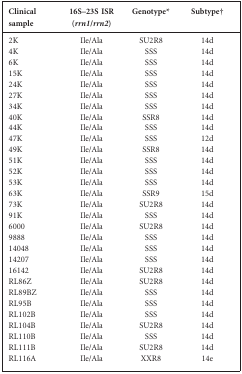
<table><thead><tr><td><b>Clinical sample</b></td><td><b>16S–23S ISR (<i>rrn1</i>/<i>rrn2</i>)</b></td><td><b>Genotype*</b></td><td><b>Subtype†</b></td></tr></thead><tbody><tr><td>2K</td><td>Ile/Ala</td><td>SU2R8</td><td>14d</td></tr><tr><td>4K</td><td>Ile/Ala</td><td>SSS</td><td>14d</td></tr><tr><td>6K</td><td>Ile/Ala</td><td>SSS</td><td>14d</td></tr><tr><td>15K</td><td>Ile/Ala</td><td>SSS</td><td>14d</td></tr><tr><td>24K</td><td>Ile/Ala</td><td>SSS</td><td>14d</td></tr><tr><td>27K</td><td>Ile/Ala</td><td>SSS</td><td>14d</td></tr><tr><td>34K</td><td>Ile/Ala</td><td>SSS</td><td>14d</td></tr><tr><td>40K</td><td>Ile/Ala</td><td>SSR8</td><td>14d</td></tr><tr><td>44K</td><td>Ile/Ala</td><td>SSS</td><td>14d</td></tr><tr><td>47K</td><td>Ile/Ala</td><td>SSS</td><td>12d</td></tr><tr><td>49K</td><td>Ile/Ala</td><td>SSR8</td><td>14d</td></tr><tr><td>51K</td><td>Ile/Ala</td><td>SSS</td><td>14d</td></tr><tr><td>52K</td><td>Ile/Ala</td><td>SSS</td><td>14d</td></tr><tr><td>53K</td><td>Ile/Ala</td><td>SSS</td><td>14d</td></tr><tr><td>63K</td><td>Ile/Ala</td><td>SSR9</td><td>15d</td></tr><tr><td>73K</td><td>Ile/Ala</td><td>SU2R8</td><td>14d</td></tr><tr><td>91K</td><td>Ile/Ala</td><td>SSS</td><td>14d</td></tr><tr><td>6000</td><td>Ile/Ala</td><td>SU2R8</td><td>14d</td></tr><tr><td>9888</td><td>Ile/Ala</td><td>SSS</td><td>14d</td></tr><tr><td>14048</td><td>Ile/Ala</td><td>SSS</td><td>14d</td></tr><tr><td>14207</td><td>Ile/Ala</td><td>SSS</td><td>14d</td></tr><tr><td>16142</td><td>Ile/Ala</td><td>SU2R8</td><td>14d</td></tr><tr><td>RL86Z</td><td>Ile/Ala</td><td>SU2R8</td><td>14d</td></tr><tr><td>RL89BZ</td><td>Ile/Ala</td><td>SSS</td><td>14d</td></tr><tr><td>RL95B</td><td>Ile/Ala</td><td>SSS</td><td>14d</td></tr><tr><td>RL102B</td><td>Ile/Ala</td><td>SSS</td><td>14d</td></tr><tr><td>RL104B</td><td>Ile/Ala</td><td>SU2R8</td><td>14d</td></tr><tr><td>RL110B</td><td>Ile/Ala</td><td>SSS</td><td>14d</td></tr><tr><td>RL111B</td><td>Ile/Ala</td><td>SU2R8</td><td>14d</td></tr><tr><td>RL116A</td><td>Ile/Ala</td><td>XXR8</td><td>14e</td></tr></tbody></table>